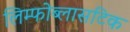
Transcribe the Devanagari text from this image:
लिम्फोब्लासटिक